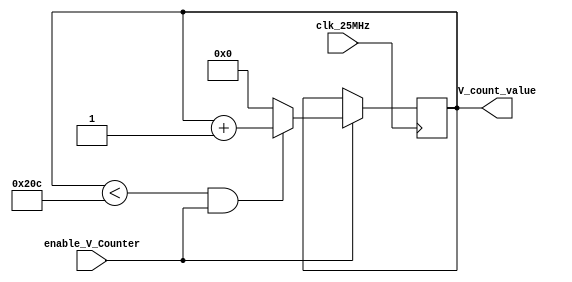
module Vertical_counter(
input clk_25MHz,
input enable_V_Counter,
output reg [15:0] V_count_value=0
);

always @(posedge clk_25MHz) begin
if (enable_V_Counter==1'b1) begin
    if(V_count_value<524 && enable_V_Counter==1'b1) begin
        V_count_value<=V_count_value+1;
    end
    else
        V_count_value<=0;
    end
end
endmodule